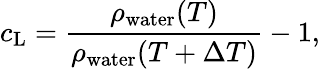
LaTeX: c_{\mathrm{L}}=\frac{\rho_{\mathrm{water}}(T)}{\rho_{\mathrm{water}}(T+\Delta T)}-1,